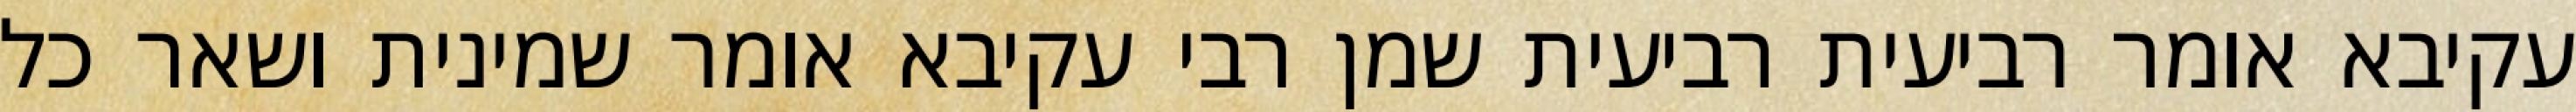
עקיבא אומר רביעית רביעית שמן רבי עקיבא אומר שמינית ושאר כל